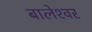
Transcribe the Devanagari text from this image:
बालेश्‍वर